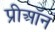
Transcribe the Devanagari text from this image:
प्रीऑन